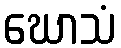
ဃောသံ